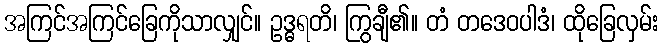
အကြင်အကြင်ခြေကိုသာလျှင်။ ဥဒ္ဓရတိ၊ ကြွချီ၏။ တံ တဒေဝပါဒံ၊ ထိုခြေလှမ်း